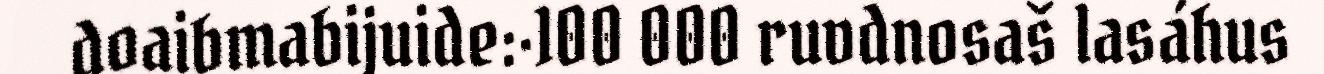
doaibmabijuide:·100 000 ruvdnosaš lasáhus